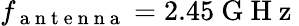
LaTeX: f_{\mathrm{~a~n~t~e~n~n~a~}}=2.45\mathrm{~G~H~z~}